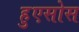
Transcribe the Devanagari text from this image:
हुएसोस